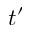
t ^ { \prime }